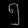
Digit: ၅